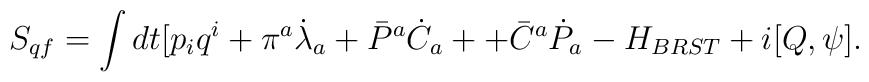
S_{qf} = \int dt[p_iq^i + \pi^a\dot\lambda_a + \bar{P}^a\dot C_a ++ \bar{C}^a \dot P_a- H_{BRST} + i[Q, \psi].